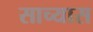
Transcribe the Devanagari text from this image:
साच्यास